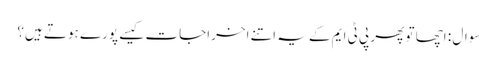
سوال : اچھا تو پھر پی ٹی ایم کے یہ اتنے اخراجات کیسے پورے ہوتے ہیں؟